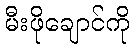
မီးဖိုချောင်ကို